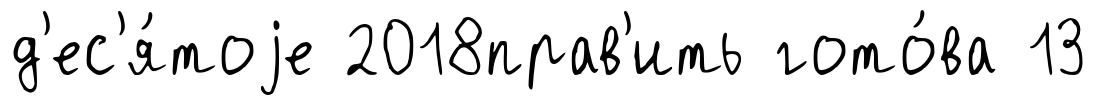
д'ес'я́тоjе 2018прав'ить гото́ва 13